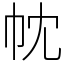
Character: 帎